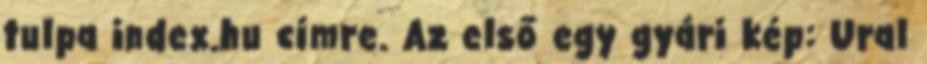
tulpa index.hu címre. Az első egy gyári kép: Ural